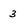
Character: 3